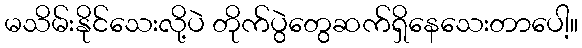
မသိမ်းနိုင်သေးလို့ပဲ တိုက်ပွဲတွေဆက်ရှိနေသေးတာပေါ့။